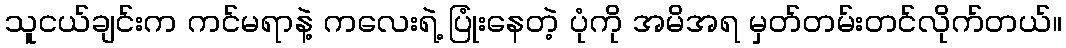
သူငယ်ချင်းက ကင်မရာနဲ့ ကလေးရဲ့ ပြုံးနေတဲ့ ပုံကို အမိအရ မှတ်တမ်းတင်လိုက်တယ်။